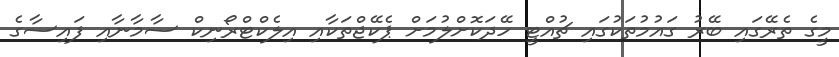
މީގެ ތެރޭގައި ބޭރު ގައުމުތަކުގައި ޗުއްޓީ ހޭދަކޮށްލުމަށް ޕެކޭޖްތަކާއި އިލެކްޓްރޯނިކް ސާމާނާއި ފައިސާގެ